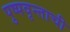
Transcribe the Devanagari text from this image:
पुष्पवृन्ताची